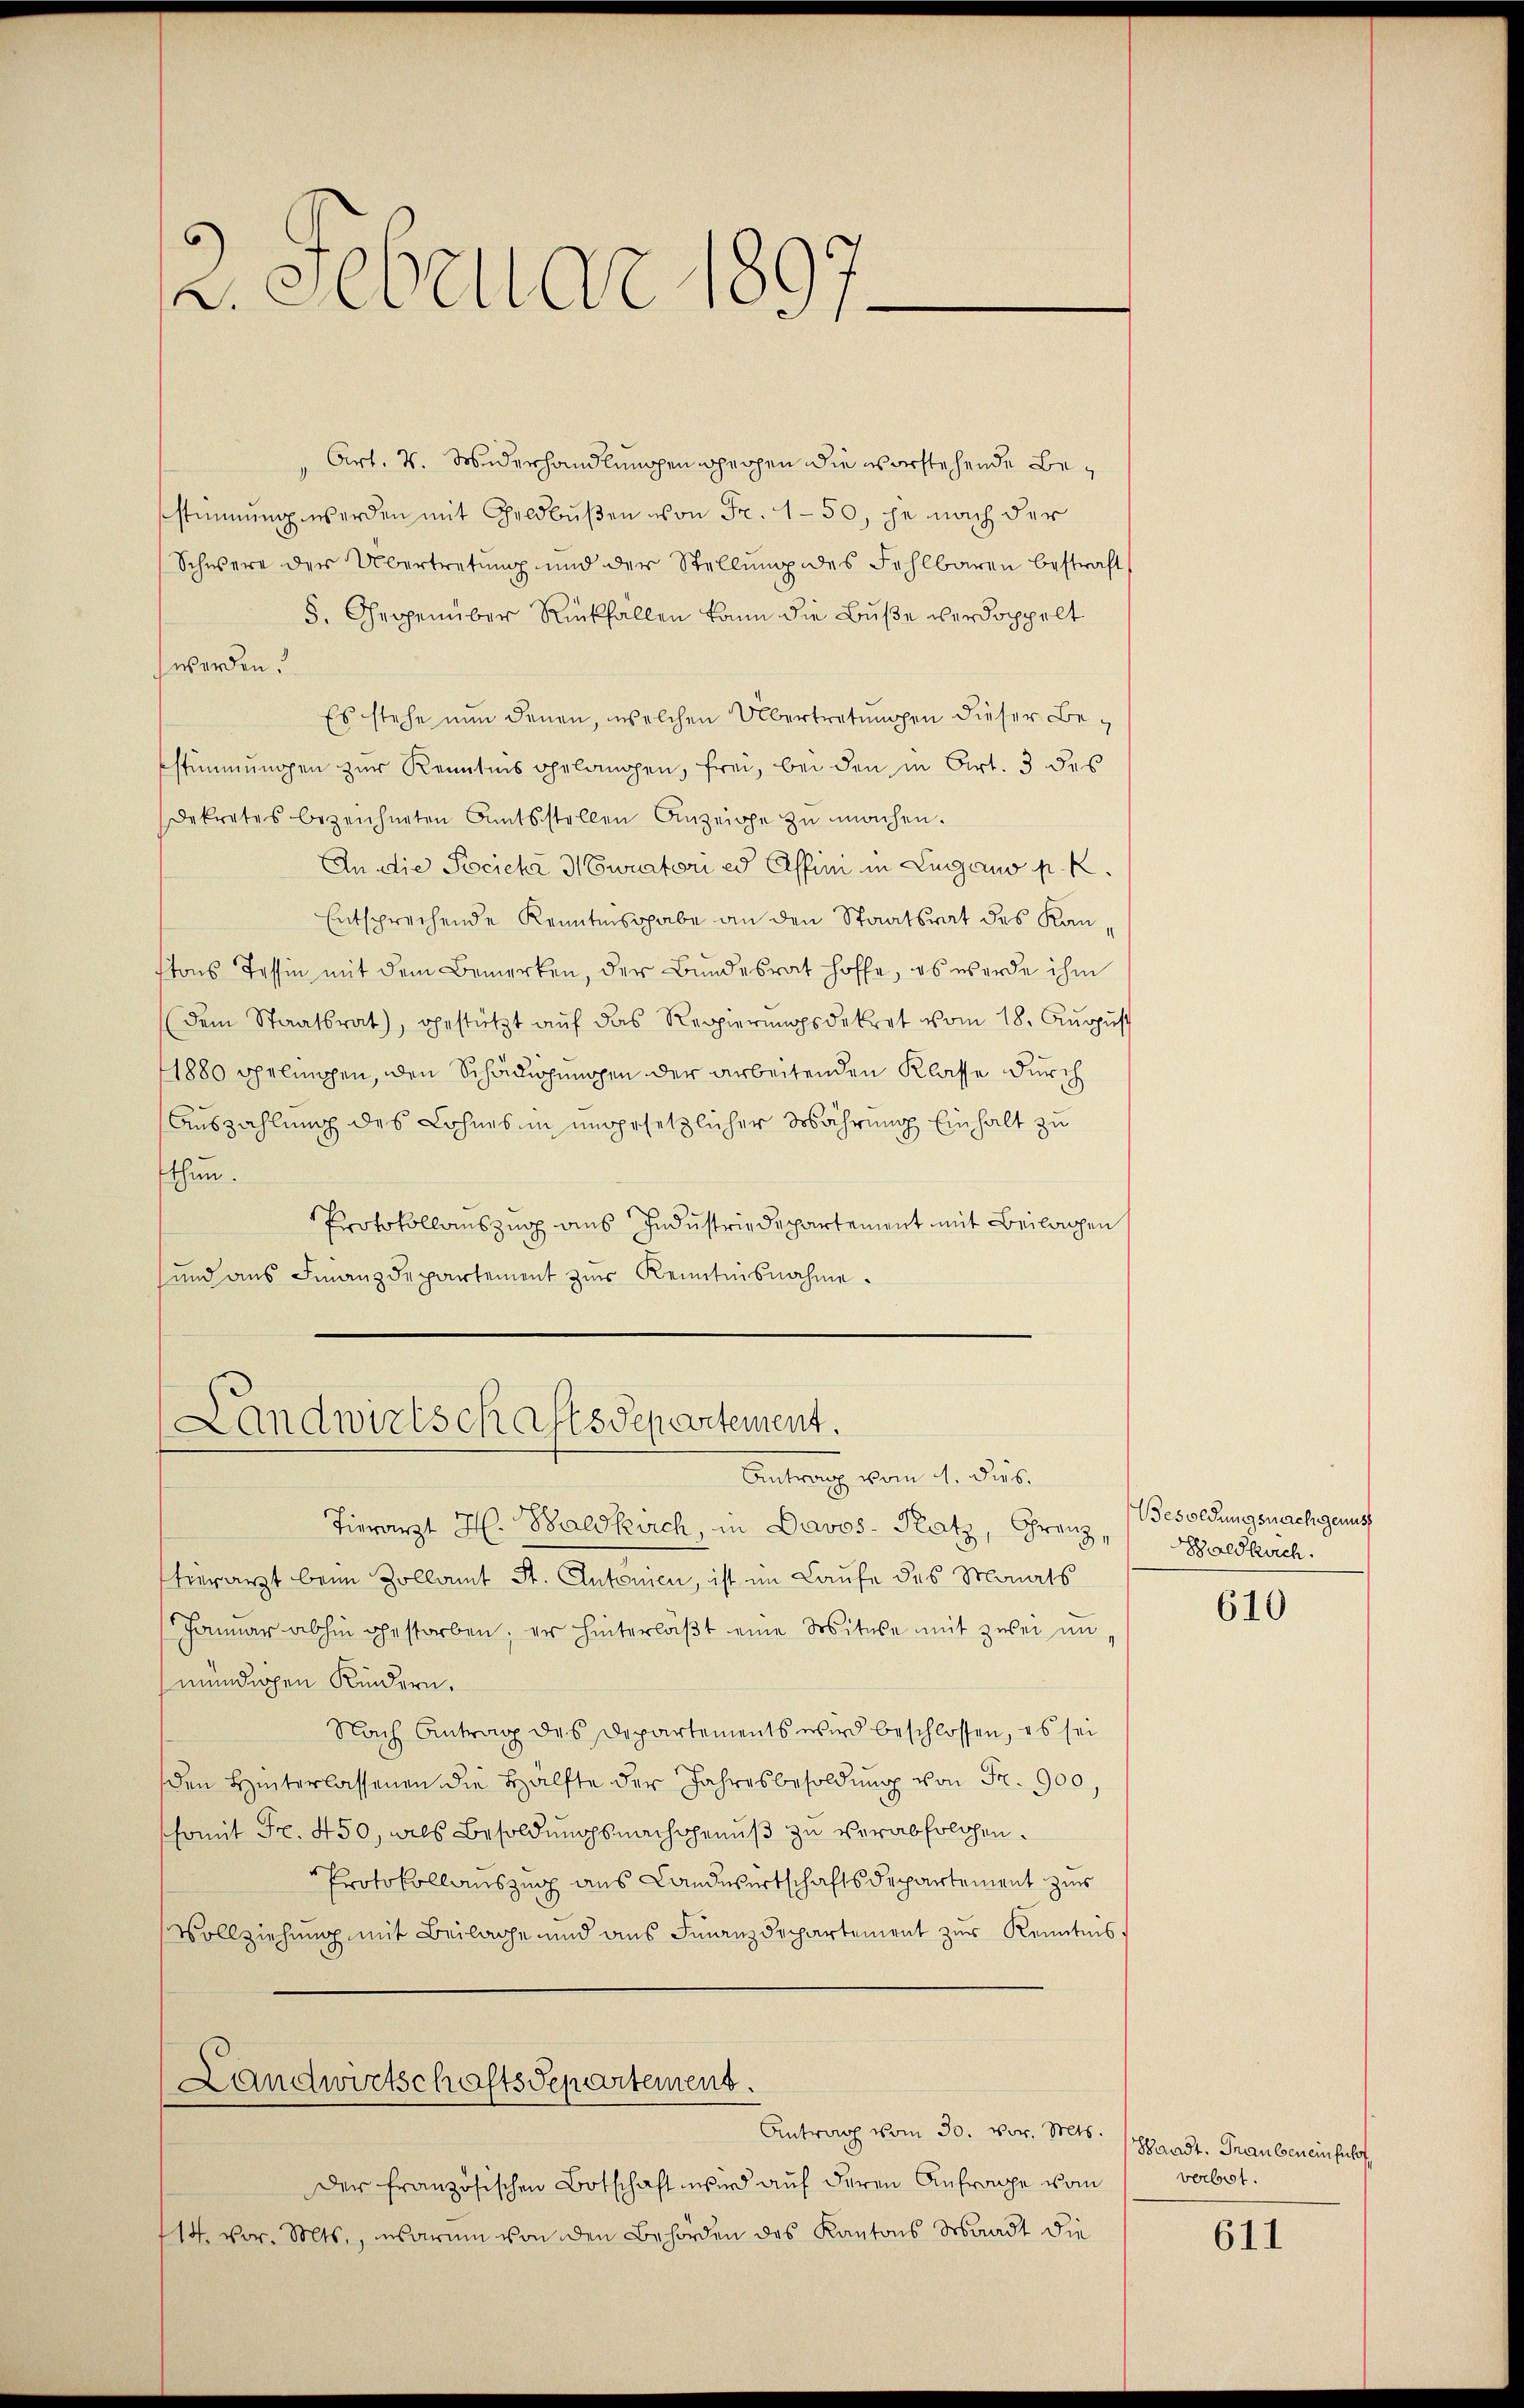
2. Februar 1097

Art. v. Widerhandlungen perpen die vorstehende Bestimmung werden mit Geldbußen von Fr. 150, je nach der
Schwere der Übertretung und der Stellung des Fehlbaren bestraft
5. Gegenüber Rückfällen kann die Buße verdoppelt
werden?
Es stehe nun denen, welchen Übertretungen dieser Bestimmungen zur Kenntnis gelangen, frei, bei den in Art. 3 des
Dekretes bezeichneten Amtsstellen Anzeige zu machen.
An die Pocieka Mowratori es Affini in Lugano p. K
Entsprechende Kenntnisgabe an den Staatsrat des Kanttons Tessin mit dem Bemerken, der Bundesrat hoffe, es werde ihm
(dem Staatsrat), gestützt auf das Regierungsdekret vom 18. August
1880 Spelingen, den Schädigungen der arbeitenden Klasse durch
Auszahlung des Lohnes in umgesetzlicher Mährung Einhalt zu
thun.
Protokollauszug aus Industriedepartement mit Beilagen
sund aus Finanzdepartement zur Kenntnisnahme.

Landwirtschaftsdepartement.
Antrag vom 1. Dub.

Tierarzt H. Baldkirch, in Davos- Platz, Grenz, Saldkirch.
tierarzt beim Zollamt St. Antonien, ist im Laufe des Monats
Janŭar abhin gestorben; er hinterläβt eine Witwe mit zwei un
mündigen Kindern,
Nach Antrag des Departements wird beschlossen, es sei
den Hinterlassenen die Hälfte der Jahresbesoldŭng von Fr. 900.
ssomit Fr. 450, als Besoldungsnachgenuß zu verabsolchen.
Protokollauszug aus Landwirtschaftsdepartement zur
Vollziehung mit Beilage und aus Finanzdepartement zur Kenntnis

Landwirtschaftsdepartement.
Antrag vom 30. vor. Mts. (Grast. Graubereinshof

der französischen Botschaft wird auf deren Anfrage vom
114. vor. Mts., warum von den Behörden des Kantons Waadt die

Besoldungsnachgenuss

610

verbot.

611